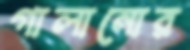
গালানোর